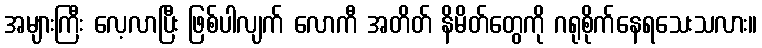
အများကြီး လေ့လာပြီး ဖြစ်ပါလျက် လောကီ အတိတ် နိမိတ်တွေကို ဂရုစိုက်နေရသေးသလား။